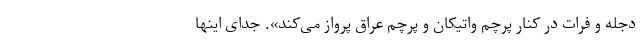
دجله و فرات در کنار پرچم واتیکان و پرچم عراق پرواز می‌کند». جدای اینها